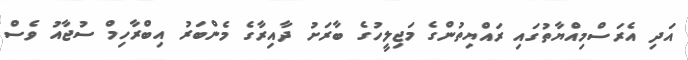
އަދި އެރަސްމިއްޔާތުގައި ރައްޔިތުންގެ މަޖިލީހުގެ ބާރަށު ދާއިރާގެ މެންބަރު އިބްރާހިމް ސުޖާއު ވެސް